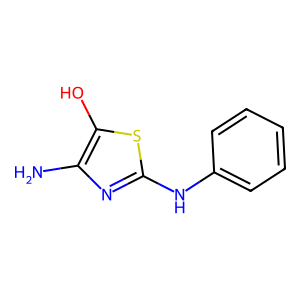
SMILES: Nc1nc(Nc2ccccc2)sc1O
Inhibits HIV replication: No